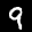
Label: 9